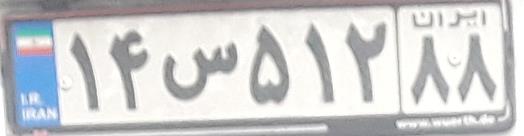
۱۴س۵۱۲۸۸